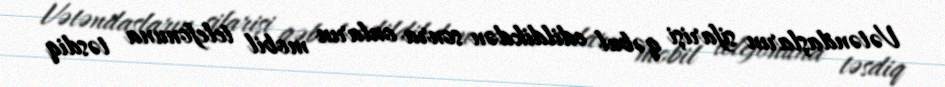
Vətəndaşların sifarişi qəbul edildikdən sonra onların mobil telefonuna təsdiq